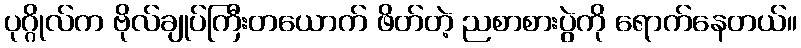
ပုဂ္ဂိုလ်က ဗိုလ်ချုပ်ကြီးတယောက် ဖိတ်တဲ့ ညစာစားပွဲကို ရောက်နေတယ်။